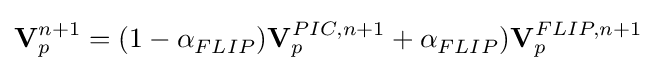
\mathbf {V} _{p}^{n+1}=(1-\alpha _{FLIP}^{})\mathbf {V} _{p}^{PIC,n+1}+\alpha _{FLIP}^{})\mathbf {V} _{p}^{FLIP,n+1}